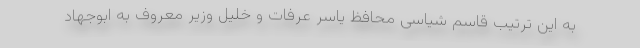
به این ترتیب قاسم شیاسی محافظ یاسر عرفات و خلیل وزیر معروف به ابوجهاد